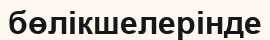
бөлікшелерінде